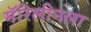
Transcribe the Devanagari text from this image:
मॅरिलीनला